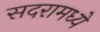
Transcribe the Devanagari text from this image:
सदरामध्ये